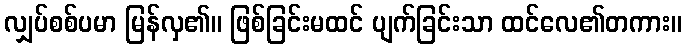
လျှပ်စစ်ပမာ မြန်လှ၏။ ဖြစ်ခြင်းမထင် ပျက်ခြင်းသာ ထင်လေ၏တကား။